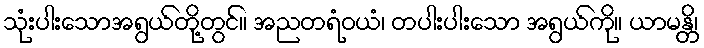
သုံးပါးသောအရွယ်တို့တွင်။ အညတရံဝယံ၊ တပါးပါးသော အရွယ်ကို။ ယာမန္တိ၊